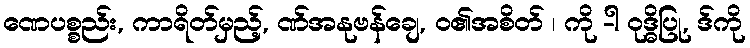
ဏေပစ္စည်း, ကာရိတ်မှည့်, ဏ်အနုဗန်ချေ, ဝ၏အစိတ် ၊ ကို -ါ ဝုဒ္ဓိပြု, ဒ်ကို